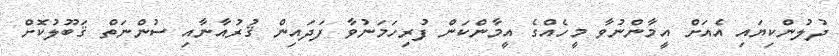
ދުލުންކިޔައި އެއަށް އީމާންނުވާ މީހެއްގެ އީމާންކަން ފުރިހަމަނުވާ ފަދައިން ޤުރުއާނާއި ސުންނަތް ޤަބޫލުކޮށް